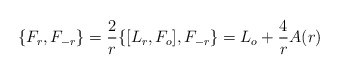
\begin{align*}\{ F_r , F_{-r}\} = \frac{2}{r}\{ [L_r ,F_o], F_{-r}\} =L_o + \frac{4}{r} A(r)\end{align*}